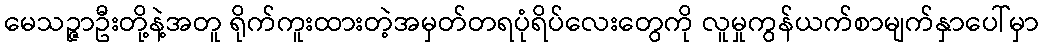
မေသဉ္ဇာဦးတို့နဲ့အတူ ရိုက်ကူးထားတဲ့အမှတ်တရပုံရိပ်လေးတွေကို လူမှုကွန်ယက်စာမျက်နှာပေါ်မှာ